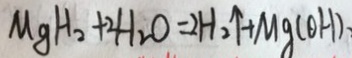
M g H _ { 2 } + 2 H _ { 2 } O = 2 H _ { 2 } \uparrow + M g ( O H )